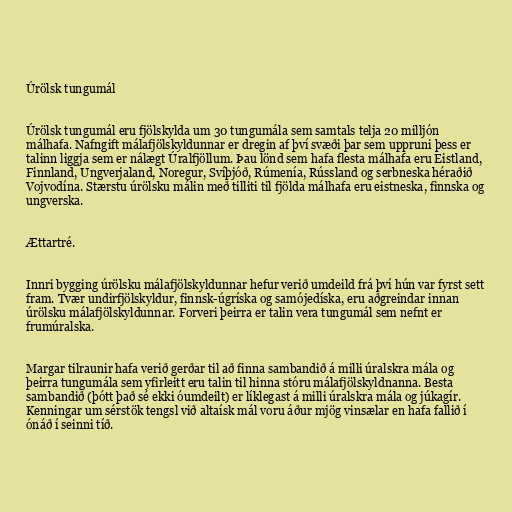
Úrölsk tungumál

Úrölsk tungumál eru fjölskylda um 30 tungumála sem samtals telja 20 milljón
málhafa. Nafngift málafjölskyldunnar er dregin af því svæði þar sem uppruni þess er
talinn liggja sem er nálægt Úralfjöllum. Þau lönd sem hafa flesta málhafa eru Eistland,
Finnland, Ungverjaland, Noregur, Svíþjóð, Rúmenía, Rússland og serbneska héraðið
Vojvodína. Stærstu úrölsku málin með tilliti til fjölda málhafa eru eistneska, finnska og
ungverska.

Ættartré.

Innri bygging úrölsku málafjölskyldunnar hefur verið umdeild frá því hún var fyrst sett
fram. Tvær undirfjölskyldur, finnsk-úgríska og samójedíska, eru aðgreindar innan
úrölsku málafjölskyldunnar. Forveri þeirra er talin vera tungumál sem nefnt er
frumúralska.

Margar tilraunir hafa verið gerðar til að finna sambandið á milli úralskra mála og
þeirra tungumála sem yfirleitt eru talin til hinna stóru málafjölskyldnanna. Besta
sambandið (þótt það sé ekki óumdeilt) er líklegast á milli úralskra mála og júkagír.
Kenningar um sérstök tengsl við altaísk mál voru áður mjög vinsælar en hafa fallið í
ónáð í seinni tíð.